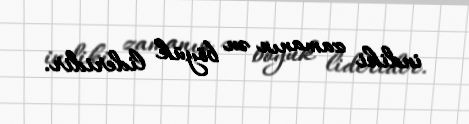
indiki zamanın ən böyük lideridir.